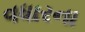
વધારના